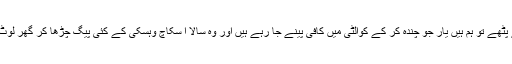
’’ اُلّو کے پٹھے تو ہم ہیں یار جو چندہ کر کے کوالٹی میں کافی پینے جا رہے ہیں اور وہ سالا ا سکاچ وہسکی کے کئی پیگ چڑھا کر گھر لوٹ رہا ہے۔